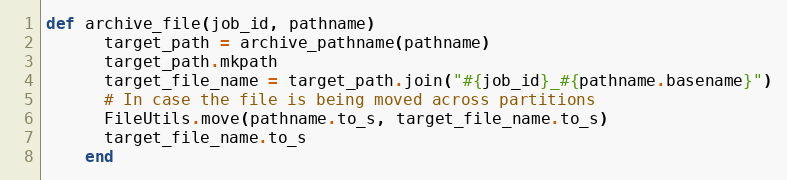
Language: Ruby
def archive_file(job_id, pathname)
      target_path = archive_pathname(pathname)
      target_path.mkpath
      target_file_name = target_path.join("#{job_id}_#{pathname.basename}")
      # In case the file is being moved across partitions
      FileUtils.move(pathname.to_s, target_file_name.to_s)
      target_file_name.to_s
    end